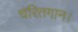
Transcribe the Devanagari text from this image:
चरितगान।